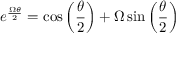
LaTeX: e ^ { \frac { \Omega \theta } { 2 } } = \cos \left( { \frac { \theta } { 2 } } \right) + \Omega \sin \left( { \frac { \theta } { 2 } } \right)